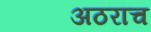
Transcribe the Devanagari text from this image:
अठराच